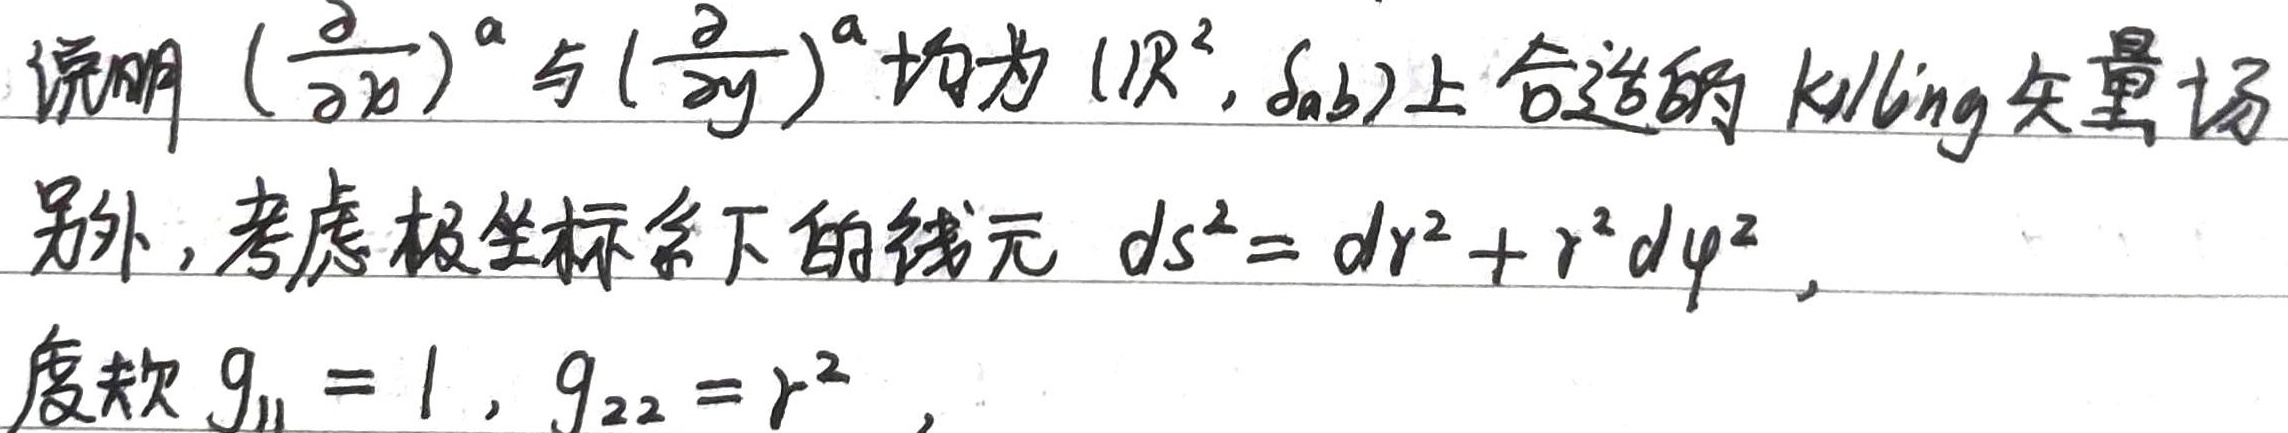
说明 $\left(\frac{\partial}{\partial x}\right)^{a}$ 与 $\left(\frac{\partial}{\partial y}\right)^{a}$ 均为 $(\mathbb{R}^{2},\delta_{ab})$ 上合适的 Killing 矢量场。另外，考虑极坐标系下的线元
\[
ds^{2}=dr^{2}+r^{2}d\varphi^{2}
\]
度规 $g_{11}=1,g_{22}=r^{2}$ 。